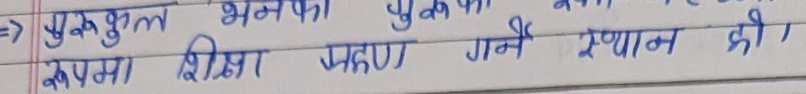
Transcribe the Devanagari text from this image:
=> गुरुकुल भूमिका गुरुका
रूपमा शिक्षा ग्रहण गर्ने स्थान हो।